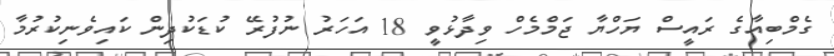
ގެމްބިއާގެ ރައީސް ޔަހްޔާ ޖަމްމެހް ވިދާޅުވީ 18 އަހަރު ނުފުރޭ ކުޑަކުދިން ކައިވެނިކުރުމާ